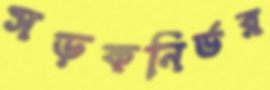
সড়কনির্ভর